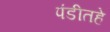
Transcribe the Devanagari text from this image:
पंडीतहे